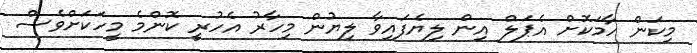
މިކަން ހާމަކޮށް އެޕަލް އިން ލިޔެފައިވާ ލިޔުން މިހާރު އެހުރީ ކޮންމެ މީހަކަށްވެސް